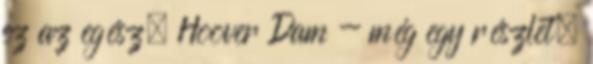
ez az egész. Hoover Dam - még egy részlet.